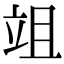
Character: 𥩢